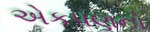
એકપણનો